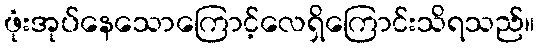
ဖုံးအုပ်နေသောကြောင့်လေရှိကြောင်းသိရသည်။